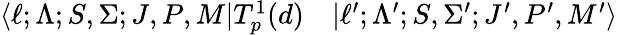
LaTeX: \begin{array}{rl}{\langle\ell;\Lambda;S,\Sigma;J,P,M|T_{p}^{1}(d)}&{{}|\ell^{\prime};\Lambda^{\prime};S,\Sigma^{\prime};J^{\prime},P^{\prime},M^{\prime}\rangle}\end{array}